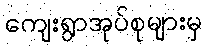
ကျေးရွာအုပ်စုများမှ